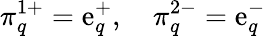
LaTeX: \pi_{q}^{1+}=\mathrm{e}_{q}^{+},\quad\pi_{q}^{2-}=\mathrm{e}_{q}^{-}